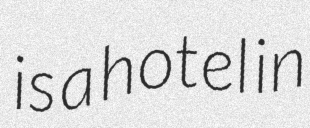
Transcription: is a hotel in